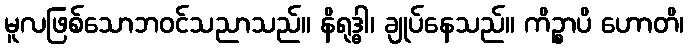
မူလဖြစ်သောဘဝင်သညာသည်။ နိရုဒ္ဓါ၊ ချုပ်နေသည်။ ကိဉ္စာပိ ဟောတိ၊